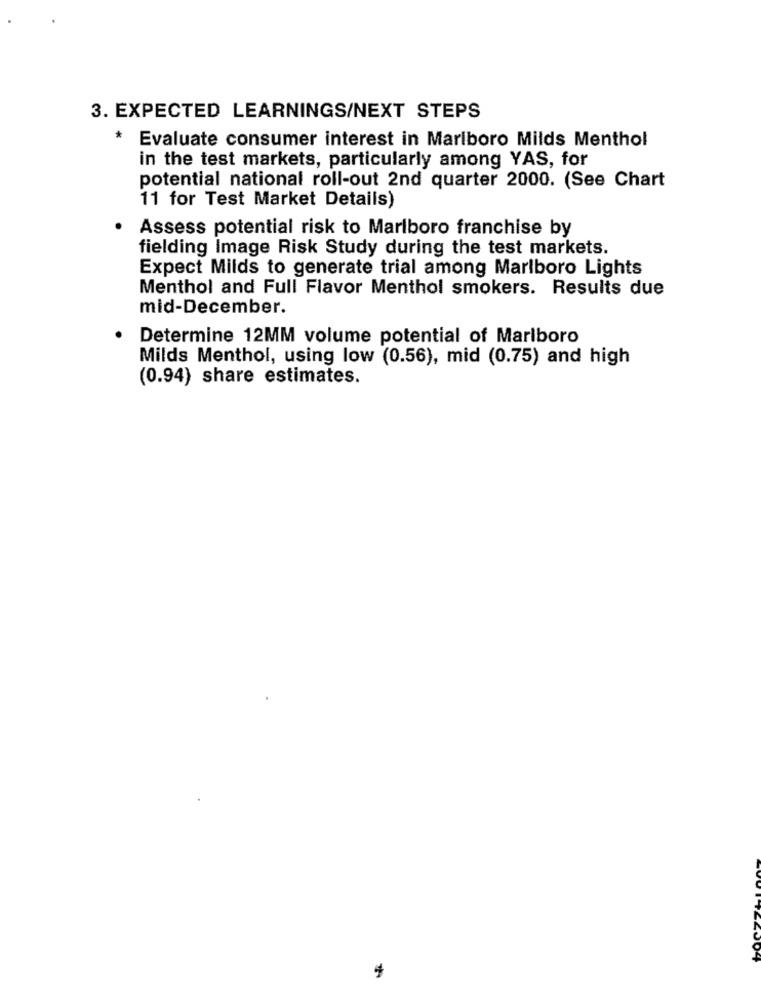
3. EXPECTED LEARNINGS/NEXT STEPS
* Evaluate consumer interest in Marlboro Milds Menthol
in the test markets, particularly among YAS, for
potential national roll-out 2nd quarter 2000. (See Chart
11 for Test Market Details)
Assess potential risk to Marlboro franchise by
fielding Image Risk Study during the test markets.
Expect Milds to generate trial among Marlboro Lights
Menthol and Full Flavor Menthol smokers. Results due
mid-December.
Determine 12MM volume potential of Marlboro
Milds Menthol, using low (0.56), mid (0.75) and high
(0.94) share estimates.